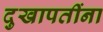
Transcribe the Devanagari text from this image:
दुखापतींना